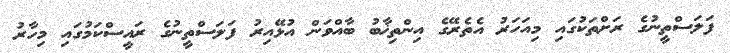
ފަލަސްތީނުގެ ރަށްތަކުގައި މިއަހަރު އެތެރޭގެ އިންތިޚާބު ބާއްވަން އުޅޭއިރު ފަލަސްތީނުގެ ރައީސްކަމުގައި މިހާރު